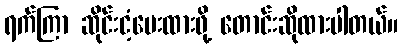
ရက်ကြာ ဆိုင်းငံ့ပေးထားဖို့ တောင်းဆိုထားပါတယ်။